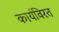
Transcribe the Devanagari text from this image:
कार्यविरत